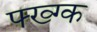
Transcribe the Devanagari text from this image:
फ्ख्ग्क